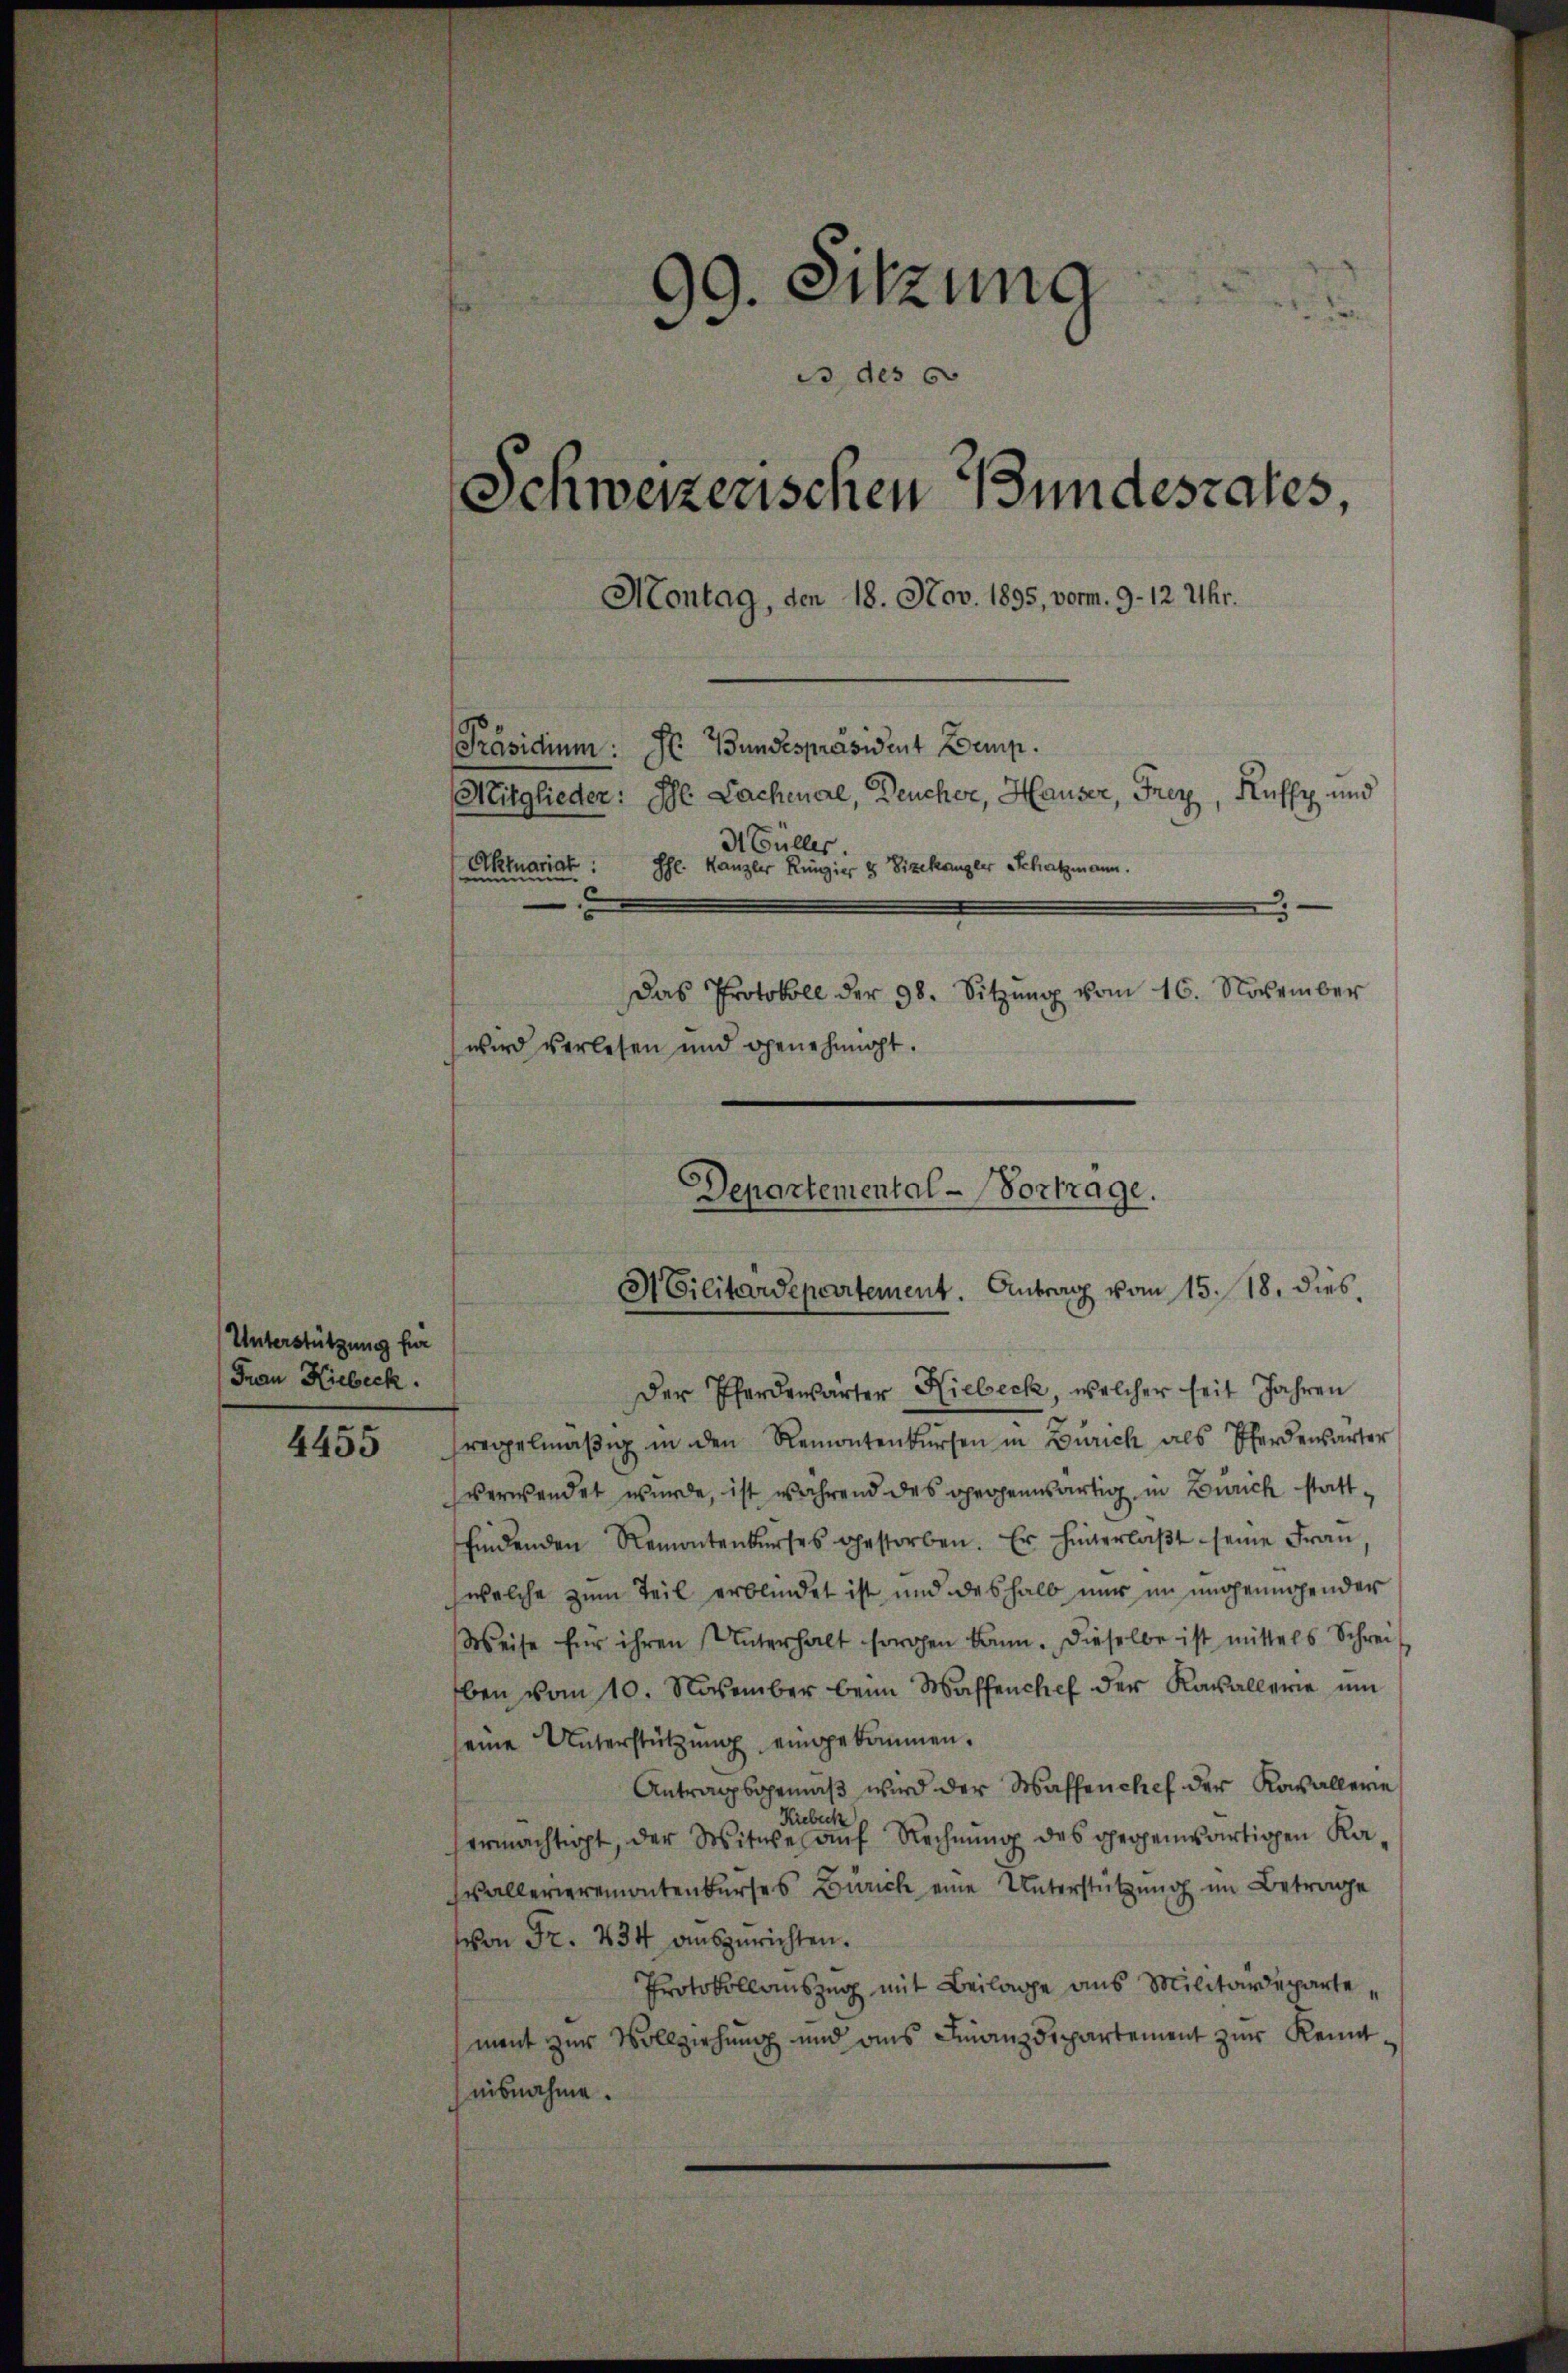
Unterstützung für
Frau Hiebeck.

4455

99. Sitzung
.
is des 60
Schweizerischen Bundesrates,
Montag, den 18. Nov. 1895, vorm. 9. 12 Uhr.
Präsidium: Hr. Bundespräsident Demp.
Mitglieder: Ihl Lachenal, Deucher, Hauser, Frey, Kuffe und
d Füller.
Aktuariat:
Phl. Kanzler Ringier u Vizekangler Schatzmann.
Das Protokoll der 98. Sitzŭng vom 16. November
wird verlesen und genehmigt.

Der Pferdewärter Hiebeck, welcher seit Jahren
regelmäβig in den Remontenkŭrsen in Zürich als Pferdensarter
verwendet wurde, ist während des gegenwärtig in Zürich stattfindenden Remontenkŭrses gestorben. Er hinterlaβt seine Frau
welche zum Teil erblindet ist und deshalb nur im ungenügender
Weise für ihren Unterhalt sorgen kann. Dieselbe ist mittels Schreit
ben vom 10. November beim Waffentlief der Kavallerie um
seine Unterstützŭng eingekommen.
Antragsgemäβ wird der Waffenchef der Kavallerie
Kieback
ermächtigt, der Witwe auf Rechnung des gegenwärtigen Ka¬
Wallerieremontenkurses Zürich eine Unterstützung im Betrage
Von Fr. 234 auszurichten.
Protokollauszug mit Beilage aus Militärdepartemant zur Vollziehung und ans Finanzdepartement zur Kemaisnahme.

Departemental-Vortrage.
M Cilitärdepartement. Antrag vom 15. 18. dies